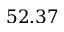
5 2 . 3 7